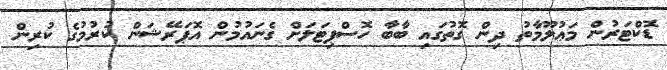
ޑޮކްޓަރުން މަޢުލޫމާތު ދިން ގޮތުގައި ބާބާ ހޮސްޕިޓަލަށް ގެނައުމުން އޮޕަރޭޝަން ކުރުމުގެ ކުރިން